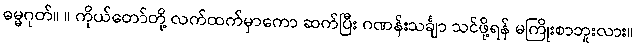
ဓမ္မဂုတ်။ ။ ကိုယ်တော်တို့ လက်ထက်မှာကော ဆက်ပြီး ဂဏန်းသင်္ချာ သင်ဖို့ရန် မကြိုးစာဘူးလား။